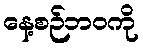
နေ့စဉ်ဘဝကို